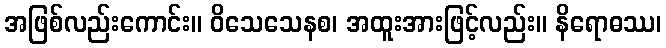
အဖြစ်လည်းကောင်း။ ဝိသေသေနစ၊ အထူးအားဖြင့်လည်း။ နိရောဓဿ၊